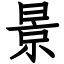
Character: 景